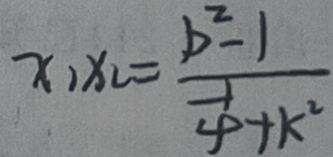
x _ { 1 } x _ { 2 } = \frac { b ^ { 2 } - 1 } { \frac { 1 } { 4 } + k ^ { 2 } }